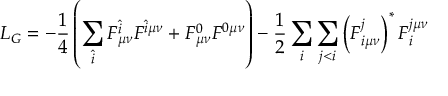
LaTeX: { \cal L } _ { G } = - \frac { 1 } { 4 } \left( \sum _ { \hat { i } } F _ { \mu \nu } ^ { \hat { i } } F ^ { \hat { i } \mu \nu } + F _ { \mu \nu } ^ { 0 } F ^ { 0 \mu \nu } \right) - \frac { 1 } { 2 } \sum _ { i } \sum _ { j < i } \left( F _ { i \mu \nu } ^ { j } \right) ^ { * } F _ { i } ^ { j \mu \nu }